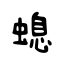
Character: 螅